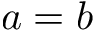
a = b